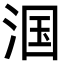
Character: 𬇹